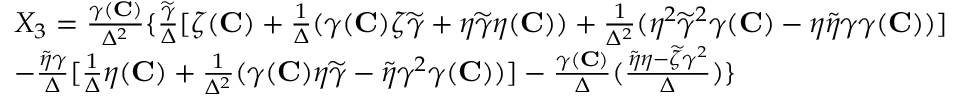
\begin{array} { r l } & { X _ { 3 } = \frac { \gamma ( { \mathbf { C } } ) } { \Delta ^ { 2 } } \{ \frac { \widetilde { \gamma } } { \Delta } [ \zeta ( { \mathbf { C } } ) + \frac { 1 } { \Delta } ( \gamma ( { \mathbf { C } } ) \zeta \widetilde { \gamma } + \eta \widetilde { \gamma } \eta ( { \mathbf { C } } ) ) + \frac { 1 } { \Delta ^ { 2 } } ( \eta ^ { 2 } \widetilde { \gamma } ^ { 2 } \gamma ( { \mathbf { C } } ) - \eta \widetilde { \eta } \gamma \gamma ( { \mathbf { C } } ) ) ] } \\ & { - \frac { \widetilde { \eta } \gamma } { \Delta } [ \frac { 1 } { \Delta } \eta ( { \mathbf { C } } ) + \frac { 1 } { \Delta ^ { 2 } } ( \gamma ( { \mathbf { C } } ) \eta \widetilde { \gamma } - \widetilde { \eta } \gamma ^ { 2 } \gamma ( { \mathbf { C } } ) ) ] - \frac { \gamma ( { \mathbf { C } } ) } { \Delta } ( \frac { \widetilde { \eta } \eta - \widetilde { \zeta } \gamma ^ { 2 } } { \Delta } ) \} } \end{array}